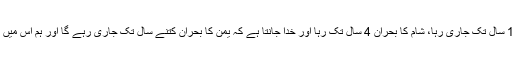
عراق کا بحران 10 سال تک جاری رہا، شام کا بحران 4 سال تک رہا اور خدا جانتا ہے کہ یمن کا بحران کتنے سال تک جاری رہے گا اور ہم اس میں پھنسے رہیں گے؟